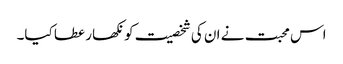
اس محبت نے ان کی شخصیت کو نکھار عطا کیا۔